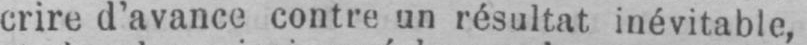
crire d’avance contre un résultat inévitable,